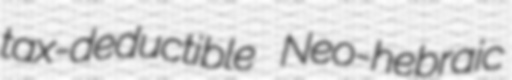
tax-deductible Neo-hebraic